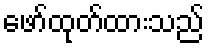
ဖော်ထုတ်ထားသည်